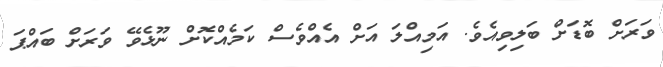
ވަރަށް ބޮޑަށް ބަލިވިއެވެ. އަމިއްލަ އަށް އެއްވެސް ކަމެއްކޮށް ނޫޅެވޭ ވަރަށް ބައްޕަ